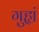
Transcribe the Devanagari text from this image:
गुह्यं